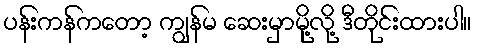
ပန်းကန်ကတော့ ကျွန်မ ဆေးမှာမို့လို့ ဒီတိုင်းထားပါ။